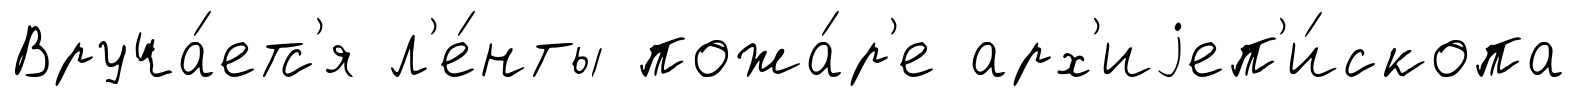
Вруча́етс'я л'е́нты пожа́р'е арх'иjеп'и́скопа